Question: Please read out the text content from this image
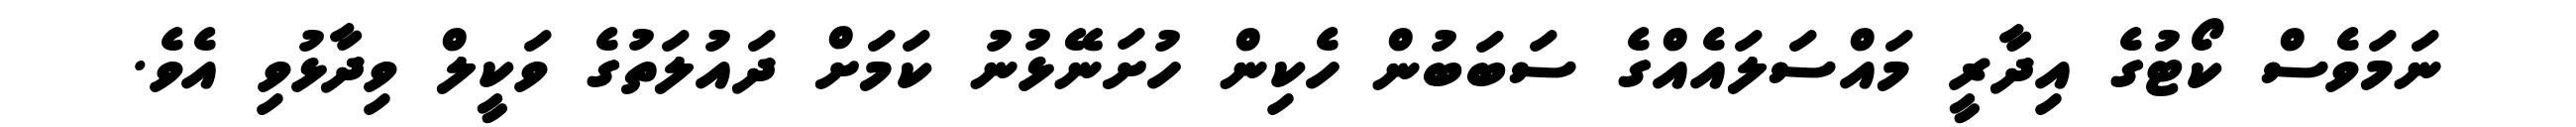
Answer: ނަމަވެސް ކޯޓުގެ އިދާރީ މައްސަލައެއްގެ ސަބަބުން ހެކިން ހުށަނޭޅުނު ކަމަށް ދައުލަތުގެ ވަކީލް ވިދާޅުވި އެވެ.